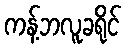
ကန့်ဘလူခရိုင်